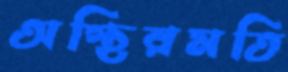
অস্থিরমতি